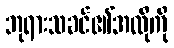
ဘုရားသခင်၏အလိုကို